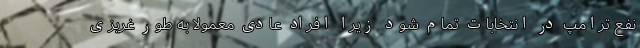
نفع ترامپ در انتخابات تمام شود زیرا افراد عادی معمولاً به طور غریزی